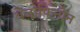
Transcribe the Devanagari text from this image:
बेंजोफिनोन